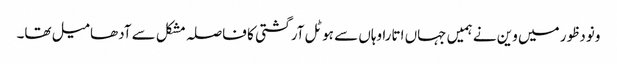
ونودظور میں وین نے ہمیں جہاں اتارا وہاں سے ہوٹل آرگشتی کا فاصلہ مشکل سے آدھا میل تھا۔